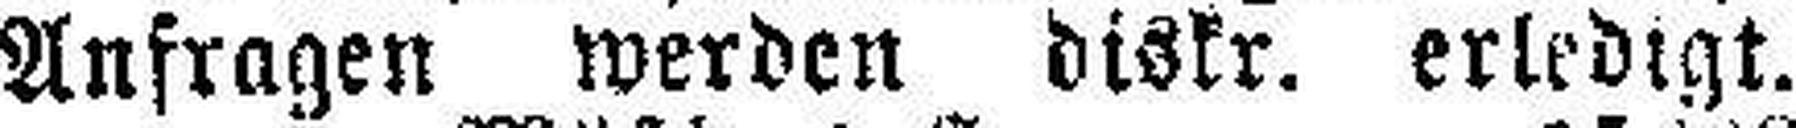
Anfragen werden diskr. erledigt.